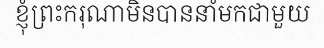
ខ្ញុំព្រះករុណាមិនបាននាំមកជាមួយ